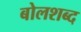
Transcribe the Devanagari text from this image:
बोलशब्द